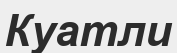
Куатли